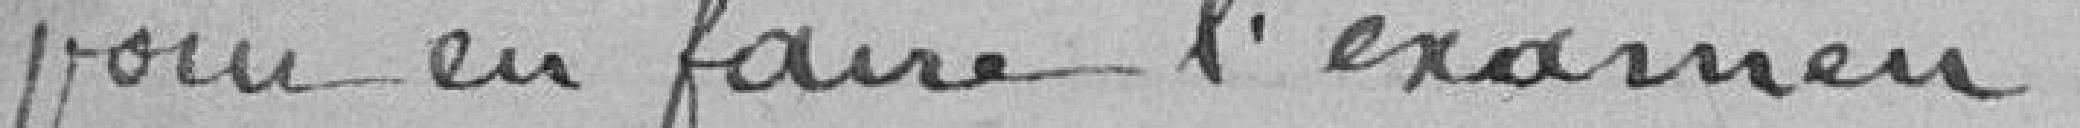
pour en faire l'examen.